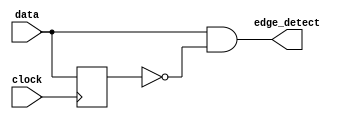
`timescale 1ns / 1ps
//////////////////////////////////////////////////////////////////////////////////
// Company: 
// Engineer: 
// 
// Design Name:    Positive Edge Detector Circuit
// Module Name:    edge_detector 
// Project Name: 
// Target Devices: 
// Tool versions: 
// Description: 
//
// Dependencies: 
//
// Revision: 
// Revision 0.01 - File Created
// Additional Comments: 
//
//////////////////////////////////////////////////////////////////////////////////
module edge_detector(
    input  data,    // Input data for which positive edge has to be detected
	 input clock,    // Input signal for clock
    output edge_detect  // Output signal that gives a pulse when a positive edge occurs
    );
	    reg data_d;    // Internal signal to store the delayed version of signal
	 
	 
	  // This always block ensures that sig_dly is exactly 1 clock behind sig
	always @ (posedge clock) begin
		data_d <= data;
	end
	// Combinational logic where sig is AND with delayed, inverted version of sig
    // Assign statement assigns the evaluated expression in the RHS to the internal net pe
	assign edge_detect = data & ~data_d;            
endmodule